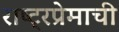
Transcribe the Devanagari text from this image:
राष्ट्रप्रेमाची